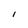
Character: I